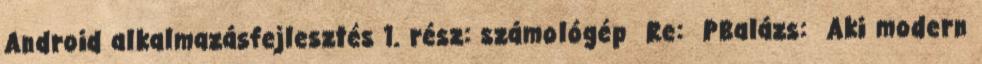
Android alkalmazásfejlesztés 1. rész: számológép Re: PBalázs: Aki modern